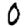
Digit: 0